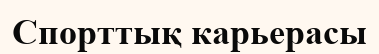
Спорттық карьерасы